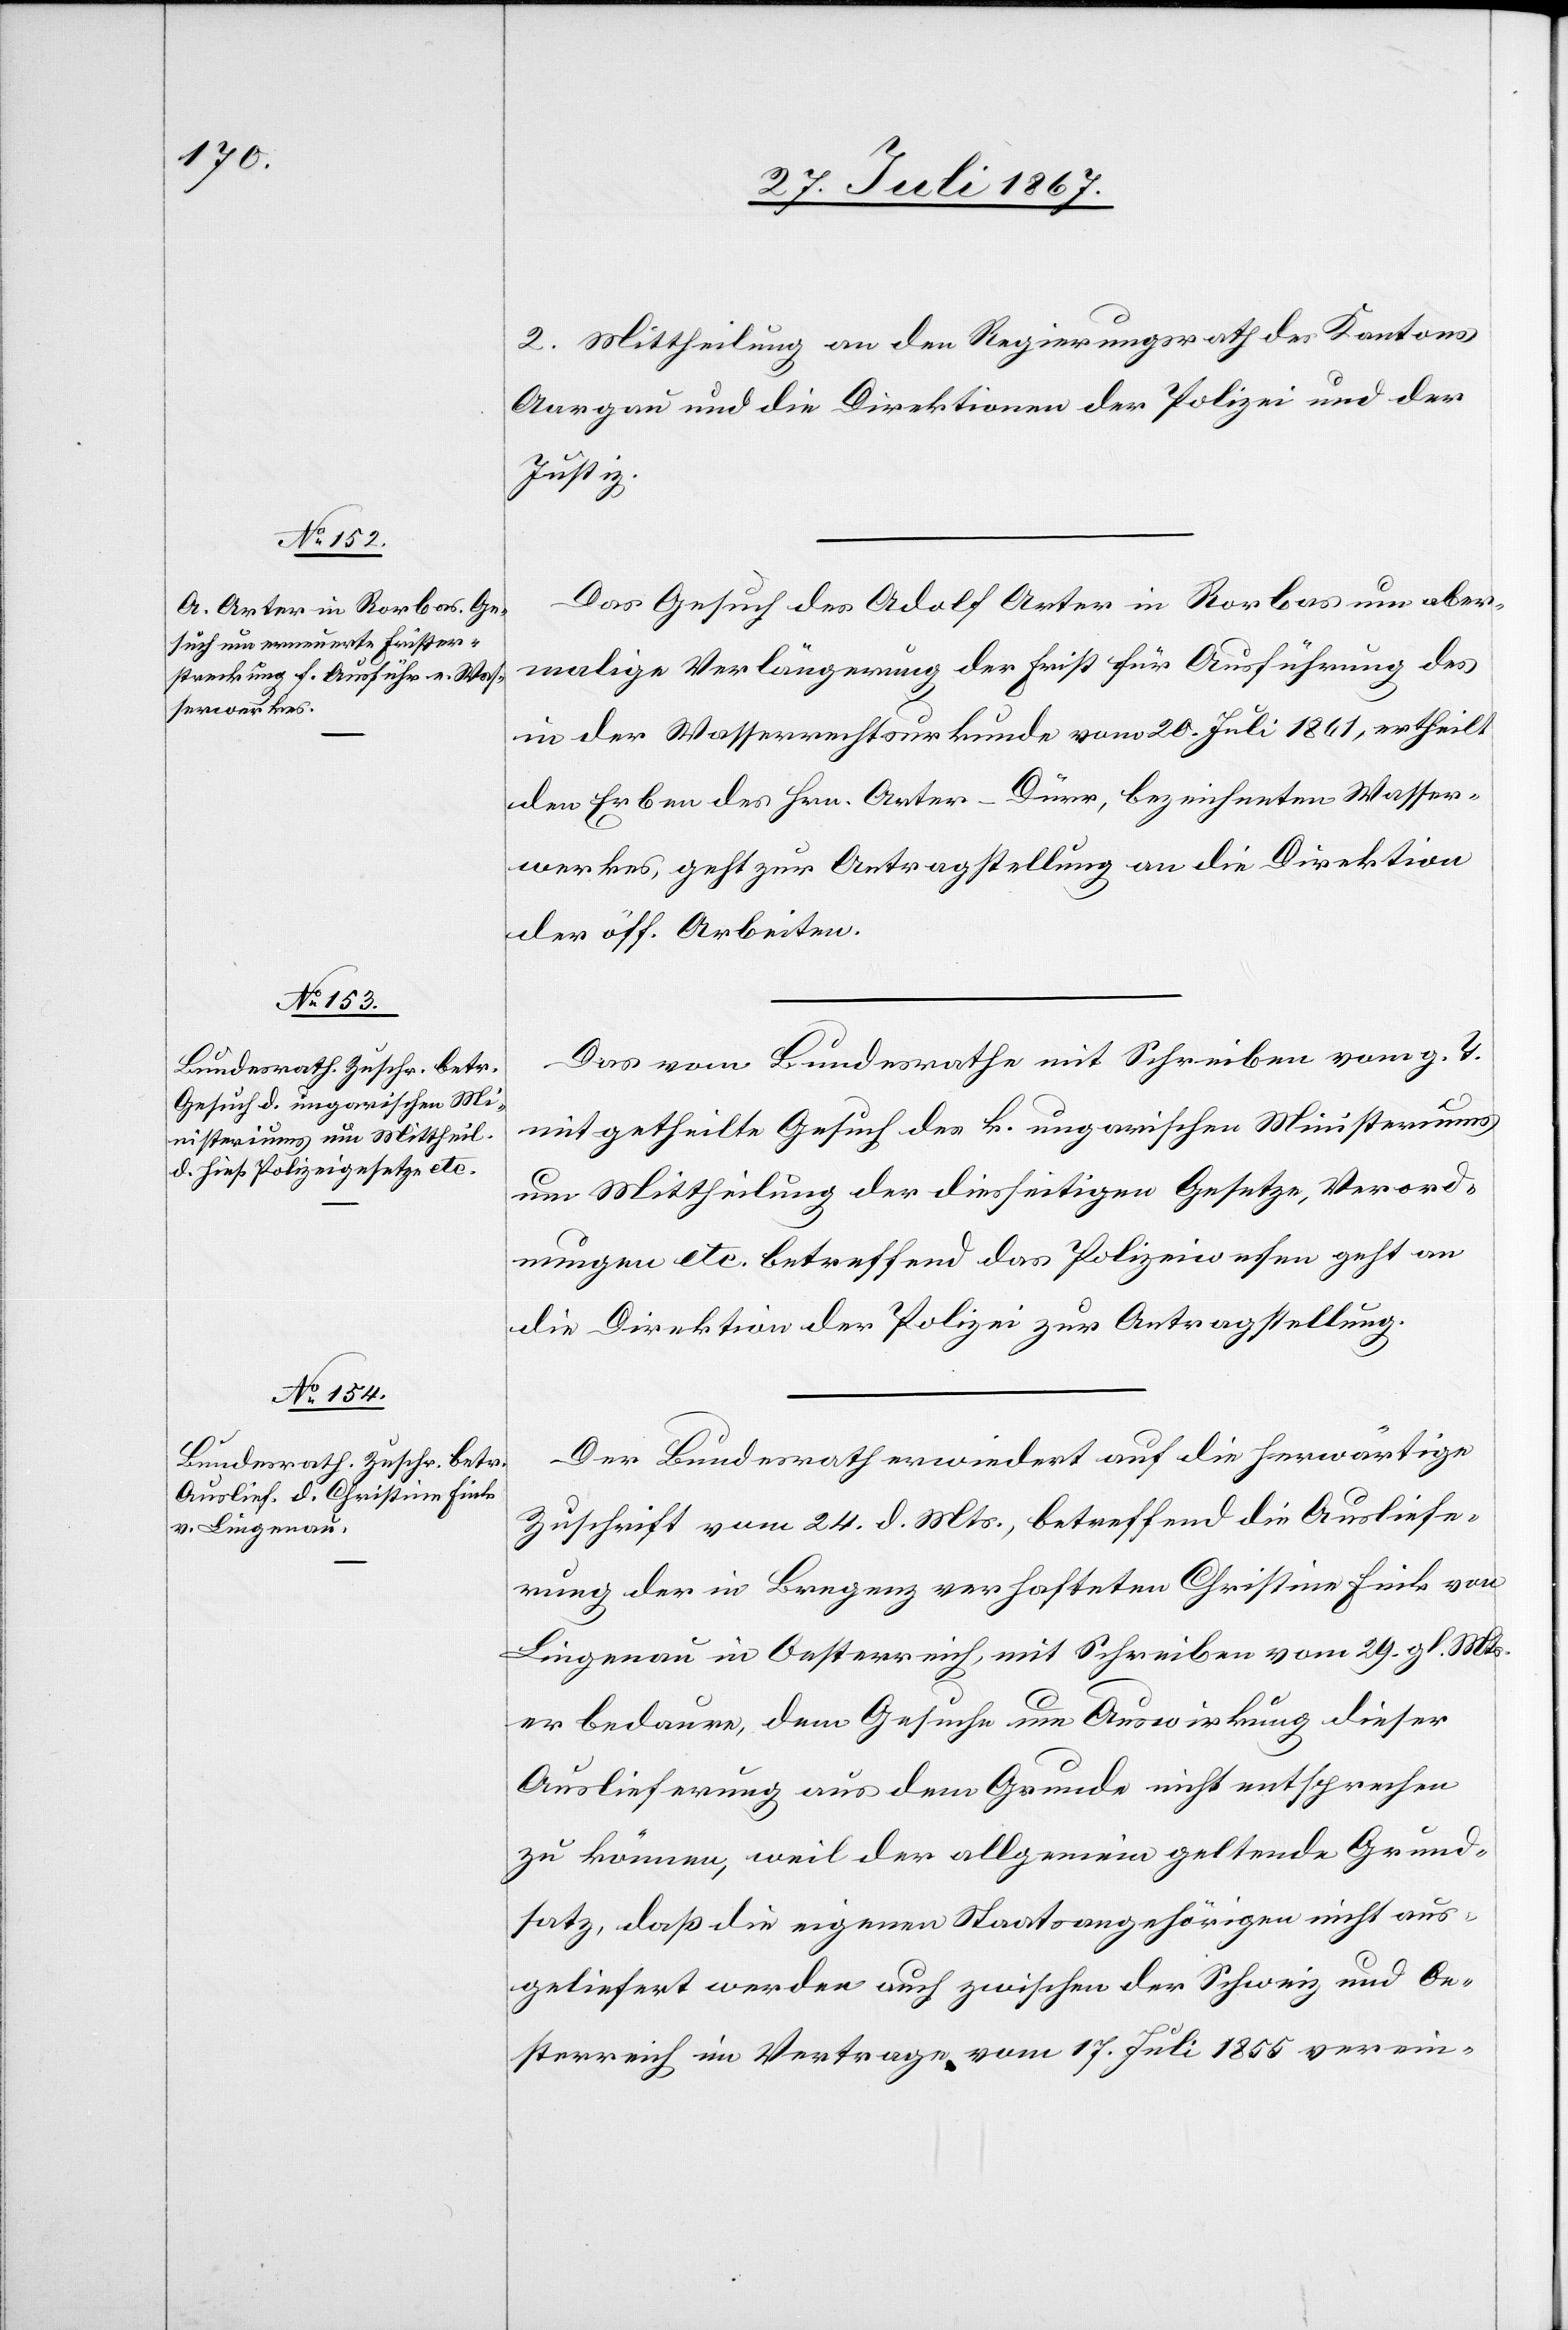
31. Juli 1867.]
2. Mittheilung an den Regierungsrath des Kantons
Aargau und die Direktionen der Polizei und der
Justiz.
Das Gesuch des Adolf Arter in Rorbas um aber¬
malige Verlängerung der Frist für Ausführung des
in der Wasserrechtsurkunde vom 20. Juli 1861, ertheilt
den Erben des Hrn. Arter-Dürr, bezeichneten Wasser¬
werkes, geht zur Antragstellung an die Direktion
der öff. Arbeiten.
Das vom Bundesrathe mit Schreiben vom g. T.
mitgetheilte Gesuch des k. ungarischen Ministeriums
um Mittheilung der diesseitigen Gesetze, Verord¬
nungen etc. betreffend das Polizeiwesen geht an
die Direktion der Polizei zur Antragstellung.
Der Bundesrath erwiedert auf die herwärtige
Zuschrift vom 24. d. Mts., betreffend die Ausliefe¬
rung der in Bregenz verhafteten Christine Fink von
Lingenau in Oesterreich, mit Schreiben vom 24. gl. Mts.
er bedaure, dem Gesuche um Auswirkung dieser
Auslieferung aus dem Grunde nicht entsprechen
zu können, weil der allgemein geltende Grund¬
satz, daß die eignen Staatsangehörigen nicht aus¬
geliefert werden auch zwischen der Schweiz und Oe¬
sterreich im Vertrage vom 17. Juli 1855 verein-